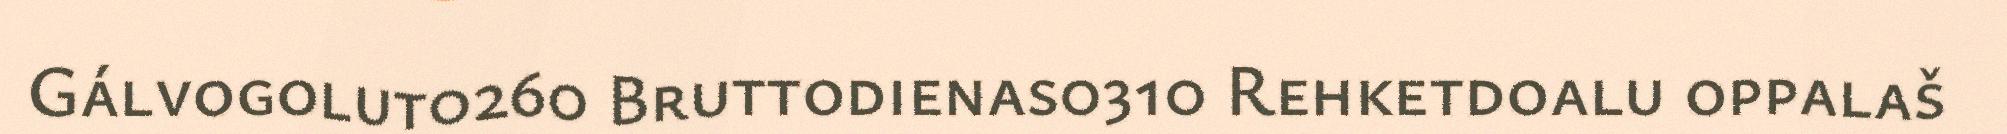
Gálvogolut0260 Bruttodienas0310 Rehketdoalu oppalaš